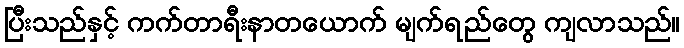
ပြီးသည်နှင့် ကက်တာရီးနာတယောက် မျက်ရည်တွေ ကျလာသည်။